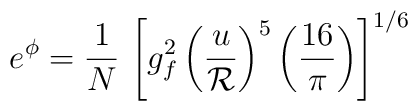
e^{\phi}= {1\over N}\, \left[g_f^2\left({u \over {\cal R}}\right)^{5}\left({16 \over \pi}\right)\right]^{1/6}\,